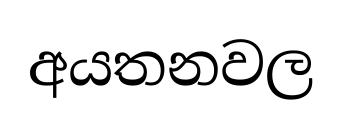
අයතනවල